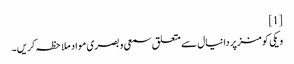
[1]
ویکی کومنز پر دانیال سے متعلق سمعی و بصری مواد ملاحظہ کریں۔